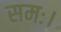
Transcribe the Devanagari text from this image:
समः।